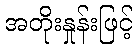
အတိုးနှုန်းဖြင့်